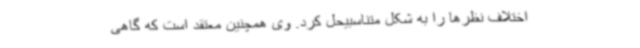
اختلاف نظرها را به شکل متناسبیحل کرد. وی همچنین معتقد است که گاهی